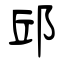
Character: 邱